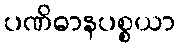
ပဏိဓာနပစ္စယာ